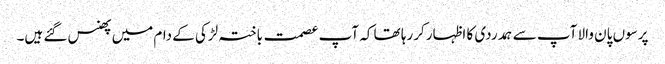
پرسوں پان والا آپ سے ہمدردی کا اظہار کررہا تھا کہ آپ عصمت باختہ لڑکی کے دام میں پھنس گئے ہیں۔